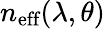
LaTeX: n_{\textrm{eff}}(\lambda,\theta)